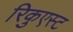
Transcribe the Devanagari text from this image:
रिकुएस्ट